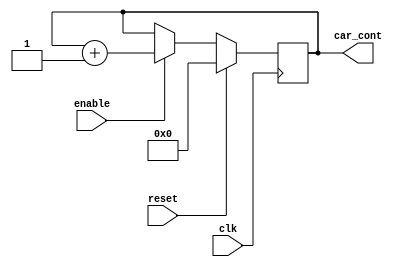
`timescale 1ns / 1ps
//////////////////////////////////////////////////////////////////////////////////
// Company: 
// Engineer: 
// 
// Design Name: 
// Module Name: Contador_CON
// Project Name: 
// Target Devices: 
// Tool Versions: 
// Description: 
// 
// Dependencies: 
// 
// Revision:
// Revision 0.01 - File Created
// Additional Comments:
// 
//////////////////////////////////////////////////////////////////////////////////


module Contador_CON(
      input wire clk,// reloj de entrada del divisor
       input wire reset,
       input wire enable,
  output wire [5:0] car_cont
   );
reg [5:0] dato = 0;
always @(posedge clk)
  if (reset==1)
   dato <= 0;
else if(enable)
   dato <= dato + 1;
     
assign car_cont=dato;

endmodule